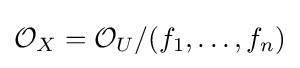
{\mathcal {O}}_{X}={\mathcal {O}}_{U}/(f_{1},\ldots ,f_{n})